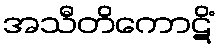
အသီတိကောဋိံ